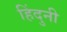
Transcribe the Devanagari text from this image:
हिंदुनी